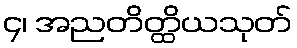
၄၊ အညတိတ္ထိယသုတ်